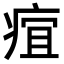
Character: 𤶢